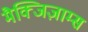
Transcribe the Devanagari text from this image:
मैक्जिज़ाम्स